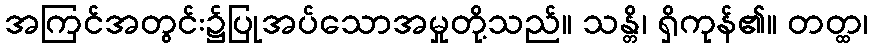
အကြင်အတွင်း၌ပြုအပ်သောအမှုတို့သည်။ သန္တိ၊ ရှိကုန်၏။ တတ္ထ၊